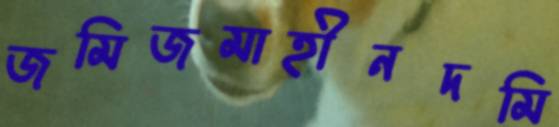
জমিজমাহীনদমি